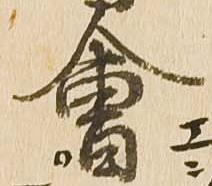
会